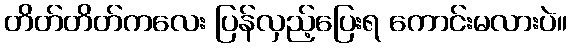
တိတ်တိတ်ကလေး ပြန်လှည့်ပြေးရ ကောင်းမလားပဲ။